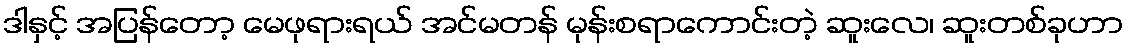
ဒါနှင့် အပြန်တော့ မေဖုရားရယ် အင်မတန် မုန်းစရာကောင်းတဲ့ ဆူးလေ၊ ဆူးတစ်ခုဟာ